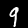
Digit: 9